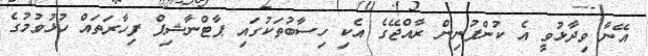
އޭނާ ވިދާޅުވީ އެ ކުންފުނިން ރާއްޖޭގެ އެކި ހިސާބުތަކުގައި ޕާޓްނާޝިޕް ފިހާރަތައް ހުޅުވުމުގެ